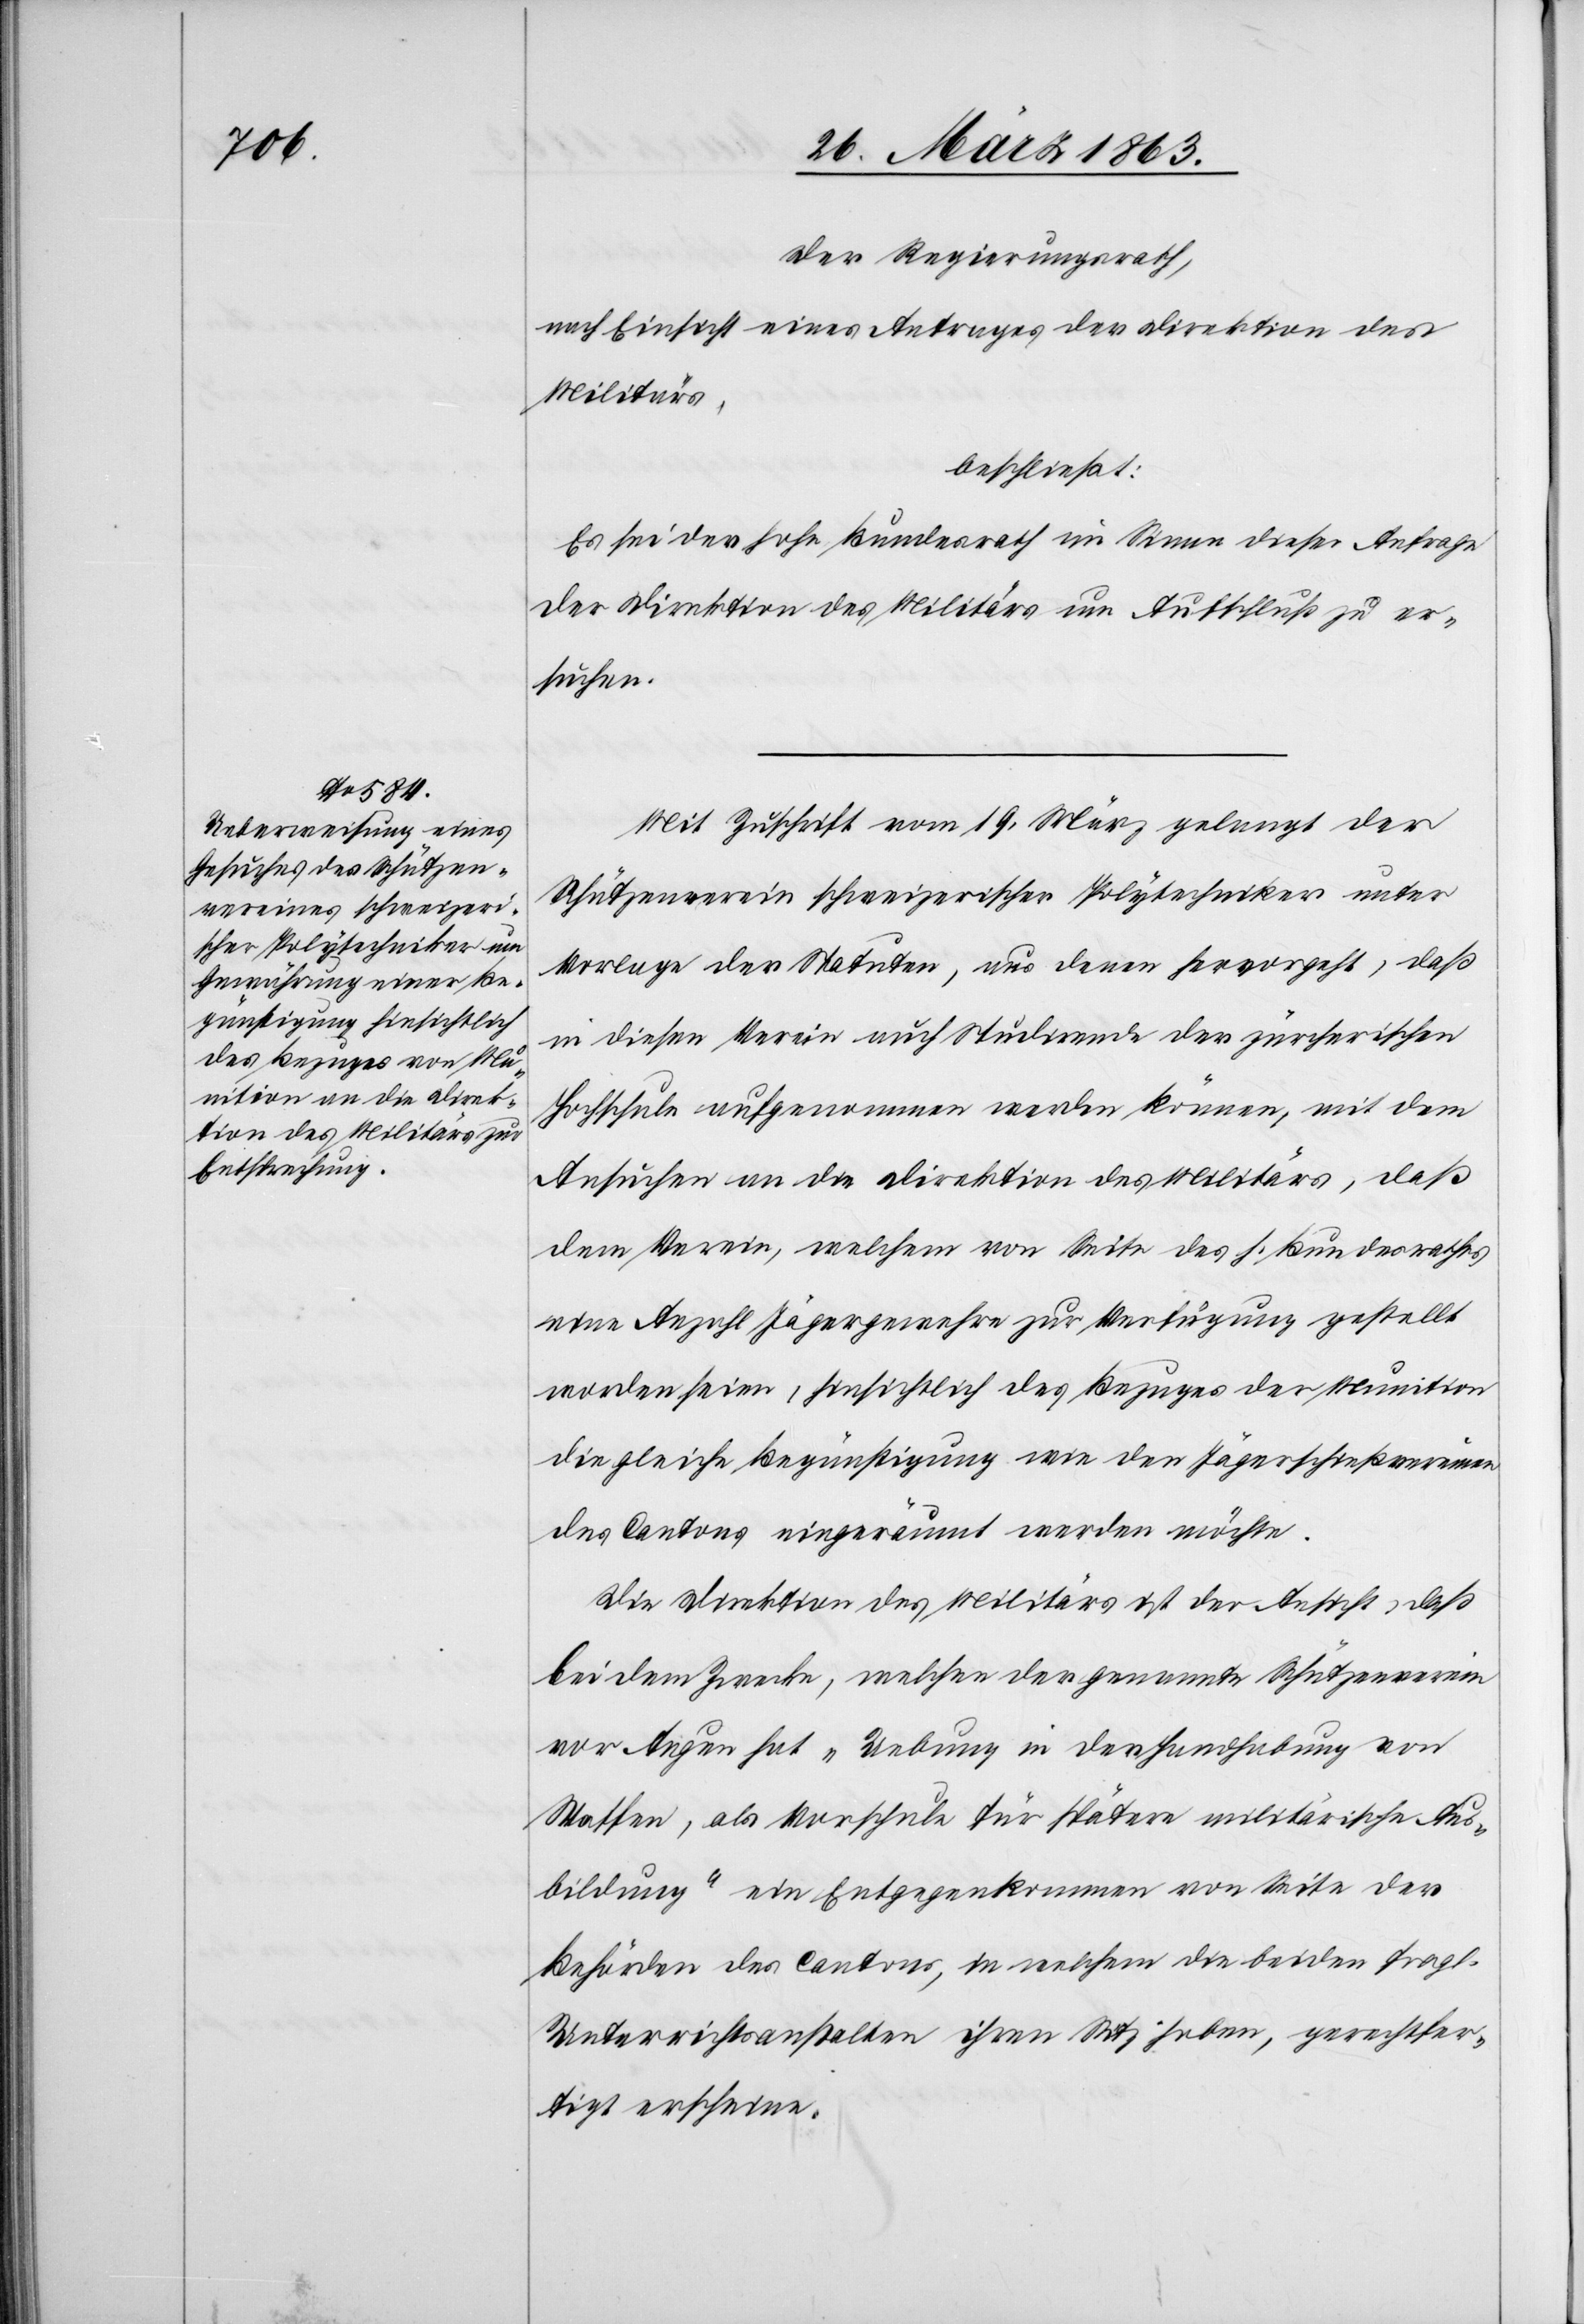
Der Regierungsrath,
nach Einsicht eines Antrages der Direktion des
Militärs,
beschließt:
Es sei der hohe Bundesrath im Sinne dieser Anfrage
der Direktion des Militärs um Aufschluß zu ver¬
suchen.
Mit Zuschrift vom 19. März gelangt der
Schützenverein schweizerischer Polytechniker unter
Vorlage der Statuten, aus denen hervorgeht, daß
in diesen Verein auch Studirende der zürcherischen
Hochschule aufgenommen werden können, mit dem
Ansuchen an die Direktion des Militärs, daß
dem Verein, welchem von Seite des h. Bundesrathes
eine Anzahl Jägergewehre zur Verfügung gestellt
worden seien, hinsichtlich des Bezuges der Munition
die gleiche Begünstigung wie den Jägerschießvereinen
des Cantons eingeräumt werden möchte.
Die Direktion des Militärs ist der Ansicht, daß
bei dem Zwecke, welchen der genannte Schützenverein
vor Augen hat „Uebung in der Handhabung von
Waffen, als Vorschule für spätere militärische Aus¬
bildung“ ein Entgegenkommen von Seite der
Behörden des Cantons, in welchem die beiden fragl.
Unterrichtsanstalten ihren Sitz haben, gerechtfer¬
tigt erscheine.